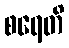
စရေတိ